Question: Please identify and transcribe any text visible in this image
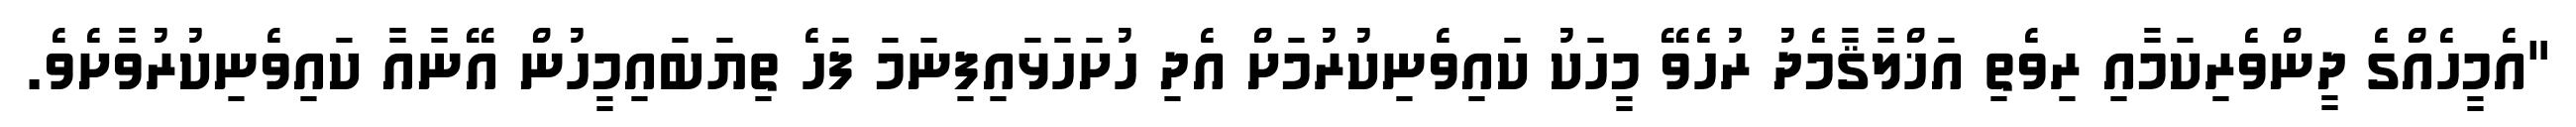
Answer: "އެމީހެއްގެ ދީންވެރިކަމާއި ރިވެތި އަޚްލާޤާމެދު ރުހެވޭ މީހަކު ކައިވެނިކުރުމަށް އެދި ހުށަހަޅައިފިނަމަ ފަހެ ތިޔަބައިމީހުން އޭނާއާ ކައިވެނިކުރުވާށެވެ.